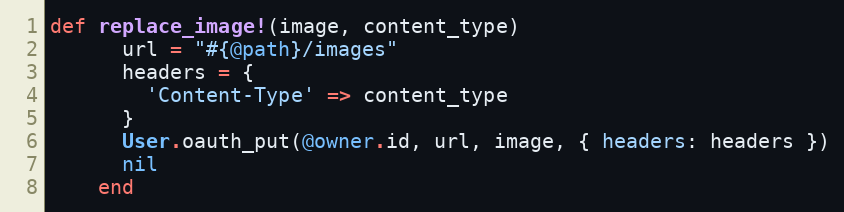
Language: Ruby
def replace_image!(image, content_type)
      url = "#{@path}/images"
      headers = {
        'Content-Type' => content_type
      }
      User.oauth_put(@owner.id, url, image, { headers: headers })
      nil
    end